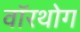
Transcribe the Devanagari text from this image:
वॉरथोग